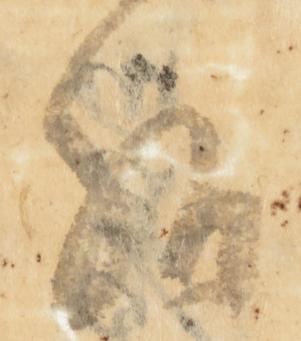
給